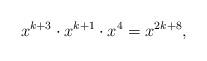
LaTeX: \begin{align*}x^{k+3} \cdot x^{k+1} \cdot x^4 = x^{2k+8},\end{align*}